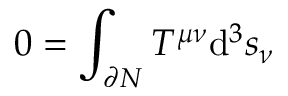
0 = \int _ { \partial N } T ^ { \mu \nu } \mathrm { d } ^ { 3 } s _ { \nu }